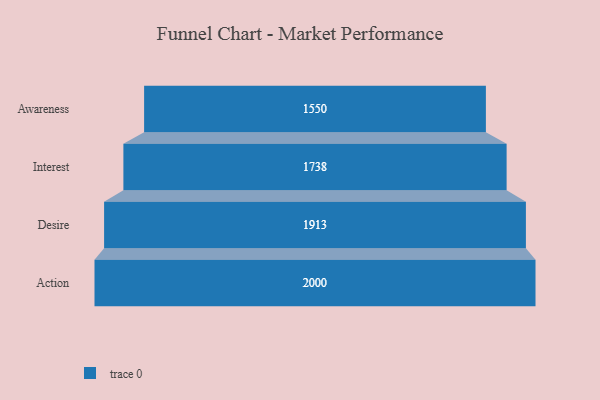
{"axis": {"x": "Stage", "y": "Value"}, "legend": [""], "data": [{"x": "Awareness", "y": 1550.0, "type": ""}, {"x": "Interest", "y": 1738.0, "type": ""}, {"x": "Desire", "y": 1913.0, "type": ""}, {"x": "Action", "y": 2000, "type": ""}]}